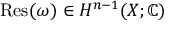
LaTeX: \operatorname { R e s } ( \omega ) \in H ^ { n - 1 } ( X ; \mathbb { C } )